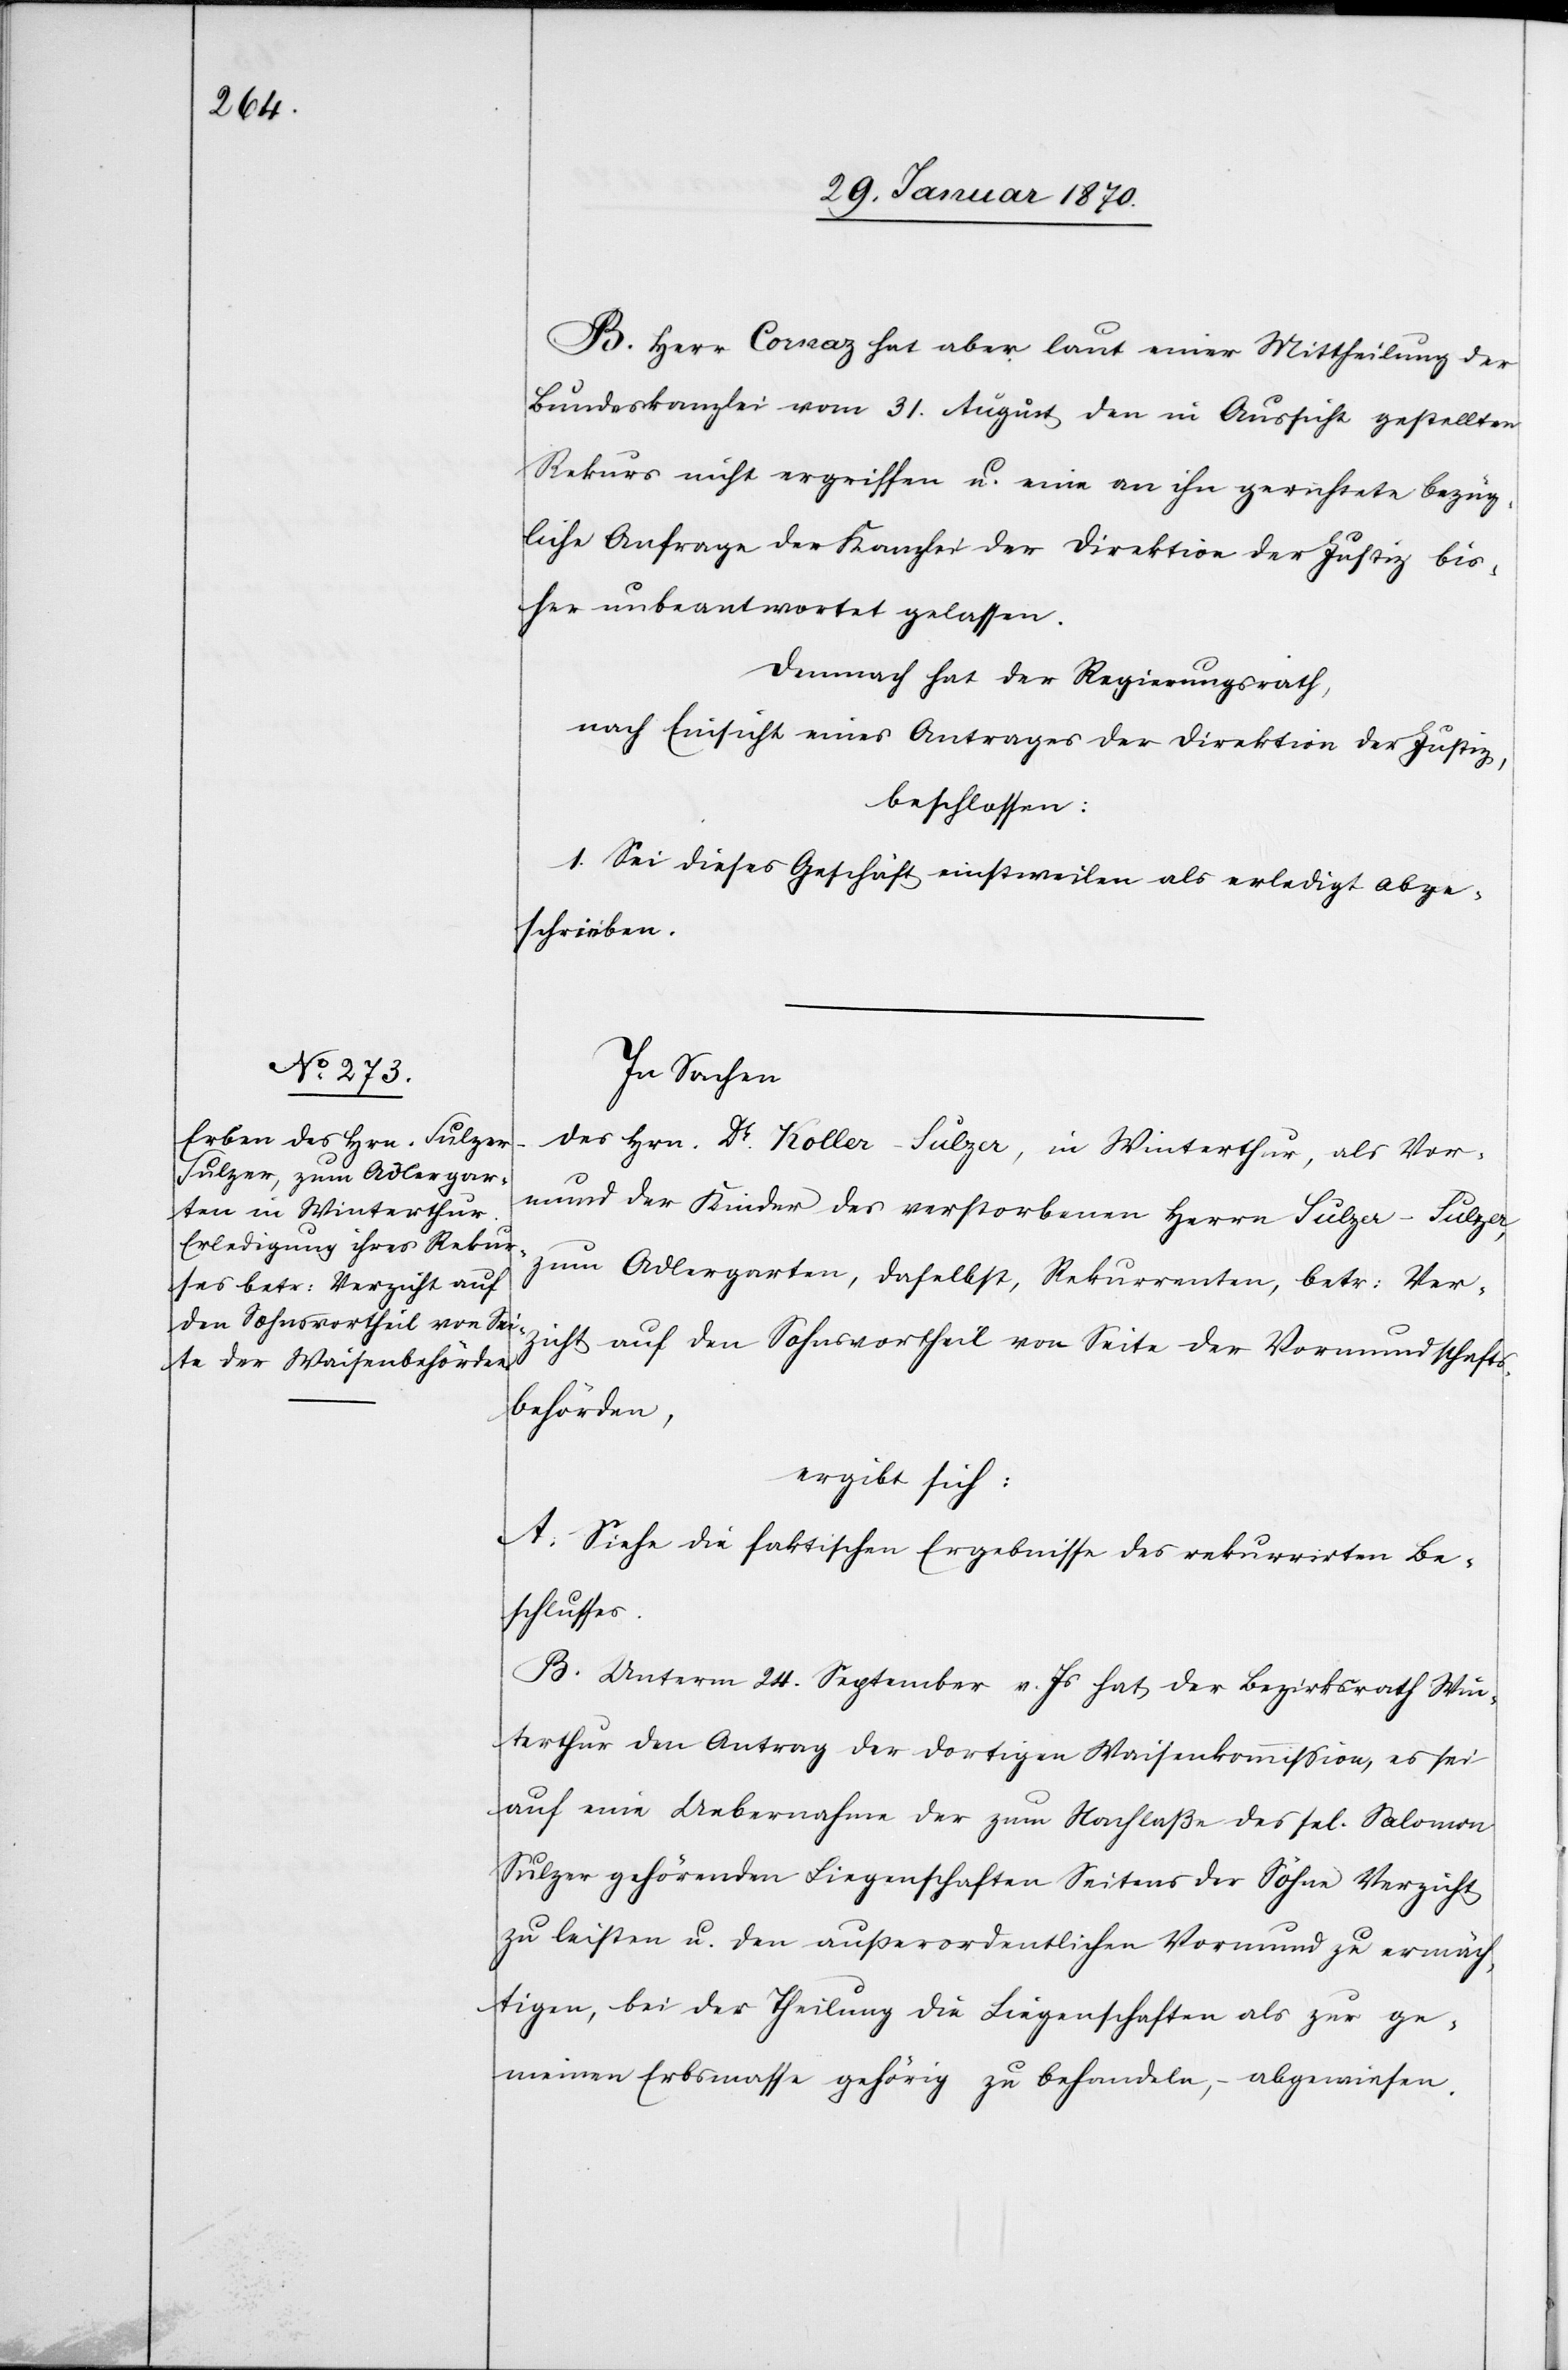
B. Herr Cornaz hat aber laut einer Mittheilung der
Bundeskanzlei vom 31. August den in Aussicht gestellten
Rekurs nicht ergriffen u. eine an ihn gerichtete bezüg¬
liche Anfrage der Kanzlei der Direktion der Justiz bis¬
her unbeantwortet gelassen.
Demnach hat der Regierungsrath,
nach Einsicht eines Antrages der Direktion der Justiz,
beschlossen:
Sei dieses Geschäft einstweilen als erledigt abge¬
schrieben.
In Sachen
des Hrn. Dr. Koller-Sulzer, in Winterthur, als Vor¬
mund der Kinder des verstorbenen Herrn Sulzer-Sulzer,
zum Adlergarten, daselbst, Rekurrenten, betr: Ver¬
zicht auf den Sohnsvortheil von Seite der Vormundschafts¬
behörden,
ergibt sich:
A. Siehe die faktischen Ergebnisse des rekurrirten Be¬
schlusses.
B. Unterm 24. September v. Js hat der Bezirksrath Win¬
terthur den Antrag der dortigen Waisenkommission, es sei
auf eine Uebernahme der zum Nachlaße des sel. Salomon
Sulzer gehörenden Liegenschaften Seitens der Söhne Verzicht
zu leisten u. den ausserordentlichen Vormund zu ermäch¬
tigen, bei der Theilung die Liegenschaften als zur ge¬
meinen Erbsmasse gehörig zu behandeln, – abgewiesen.